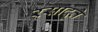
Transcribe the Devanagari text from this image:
रसादृते